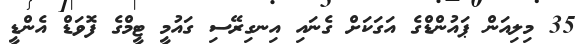
35 މިލިއަން ޕައުންޑްގެ އަގަކަށް ގެނައި އިނގިރޭސި ގައުމީ ޓީމްގެ ފޮވަޑް އެންޑީ